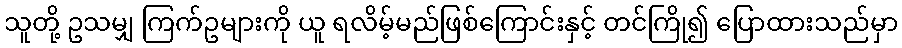
သူတို့ ဥသမျှ ကြက်ဥများကို ယူ ရလိမ့်မည်ဖြစ်ကြောင်းနှင့် တင်ကြို၍ ပြောထားသည်မှာ